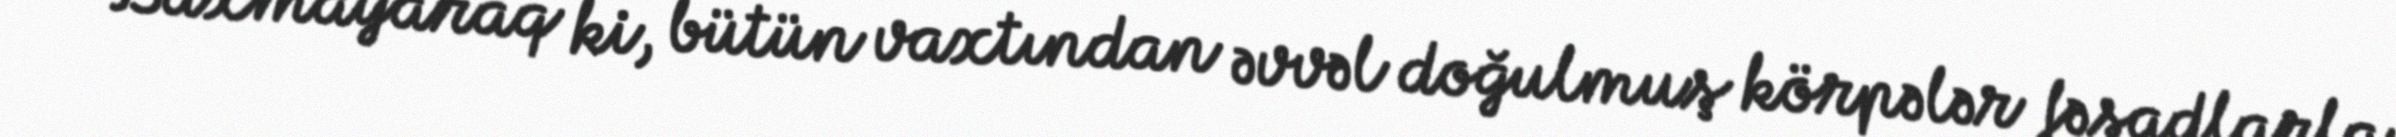
- Baxmayaraq ki, bütün vaxtından əvvəl doğulmuş körpələr fəsadlarla